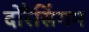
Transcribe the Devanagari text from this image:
दोरैसिंगम